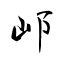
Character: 邖